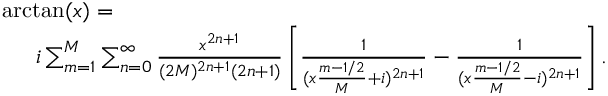
\begin{array} { r l } & { \arctan ( x ) = } \\ & { \enspace \quad i \sum _ { m = 1 } ^ { M } \sum _ { n = 0 } ^ { \infty } \frac { x ^ { 2 n + 1 } } { ( 2 M ) ^ { 2 n + 1 } ( 2 n + 1 ) } \left[ \frac { 1 } { ( x \frac { { m - 1 / 2 } } { M } + i ) ^ { 2 n + 1 } } - \frac { 1 } { ( x \frac { m - 1 / 2 } { M } - i ) ^ { 2 n + 1 } } \right] . } \end{array}